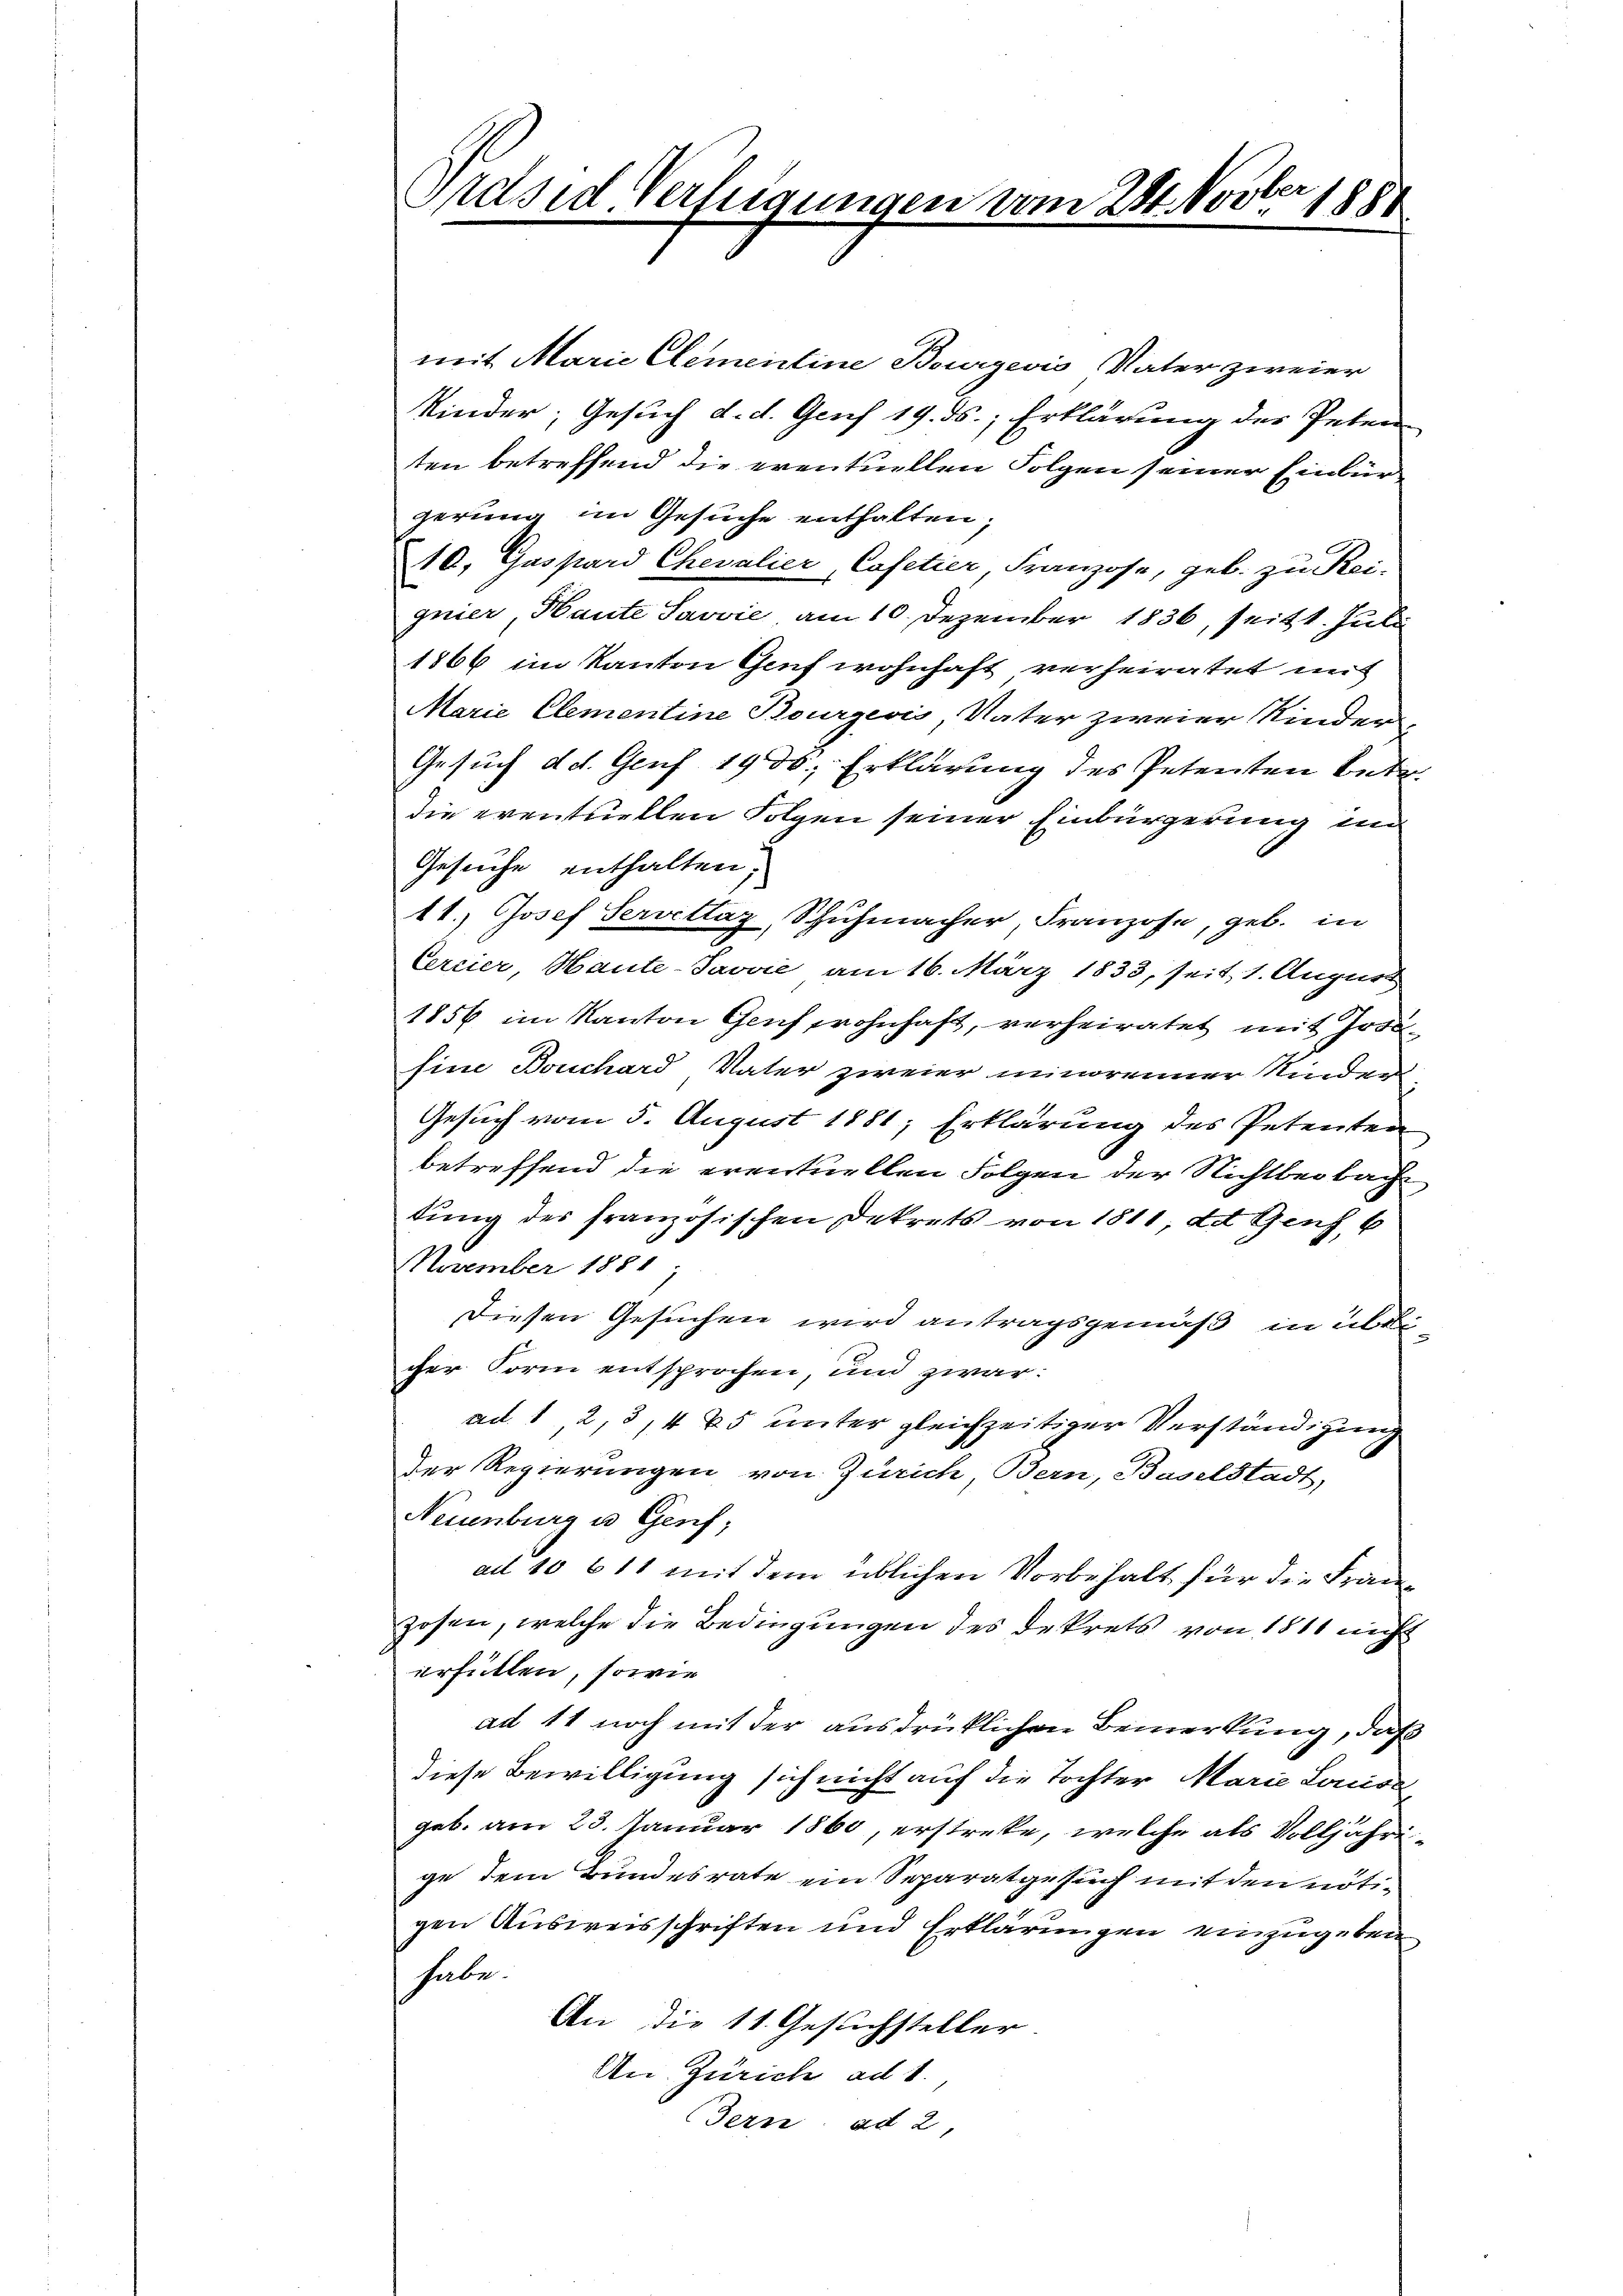
er
Präsid. Verfügungen vom 28. Nov. 1880

mit Marie Elementine Bourgeois Vater zweier
Kinder, Gesuch d. d. Genf 19. ds., Erklärung des Peten
ten betreffend die eventuellen Folgen seiner Einbürgerung im Gesuche enthalten;
10, Gaspard Chevalier, Casetier, Franzose, geb. zu Rei-
gnier, Haute Savvić am 10. Dezember 1836, seit 1. Juli
1866 im Kanton Genf wohnhaft verheiratet mit
Marie Elementine Bourgeois, Vater zweier Kinder-
Gesuch d. d. Genf 1900 Erklärung des Petenten betr.
die eventuellen Folgen seiner Einbürgerung im
Gesuche enthalten.
11.) Josef Servittag, Schuhmacher, Franzose, geb. in
Cercier, Haute-Javvić am 16. März 1833, seit 1. August
1856 im Kanton Genf wohnhaft, verheiratet mit Jose
sine Bouchard Vater zweier minorenner Kinder
Gesuch vom 5. August 1881; Erklärung des Petenten
betreffend die eventuellen Folgen der Nichtbeobach
tung des französischen Dekrets von 1811, d. Genf 6
November 1881
Diesen Gesuchen wird antragsgemäß in übe
cher Form entsprochen, und zwar:
ad. 1 2, 3/4 85 unter gleichzeitiger Verständigung
Der Regierungen von Zürich, Bern, Baselstadt,
Neuenburg u. Genf,
ad 10 611 mit dem üblichen Vorbehalt für die Franzosen, welche die Bedingungen des Dekrets von 1811 nicht
erfüllen, sowie
ad 11 noch mit der ausdrüklichen Bemerkung, daß
diese Bewilligung sich nicht auf die Tochter Marie Louise
geb. am 23. Januar 1860, erstreke, welche als Volljährige dem Bundesrate ein Separatgesuch mit den nötigen Ausweisschriften und Erklärungen einzugeben,
habe.
An die 11. Gesuchsteller
An Zürich ad 1.
Bern ad 2,